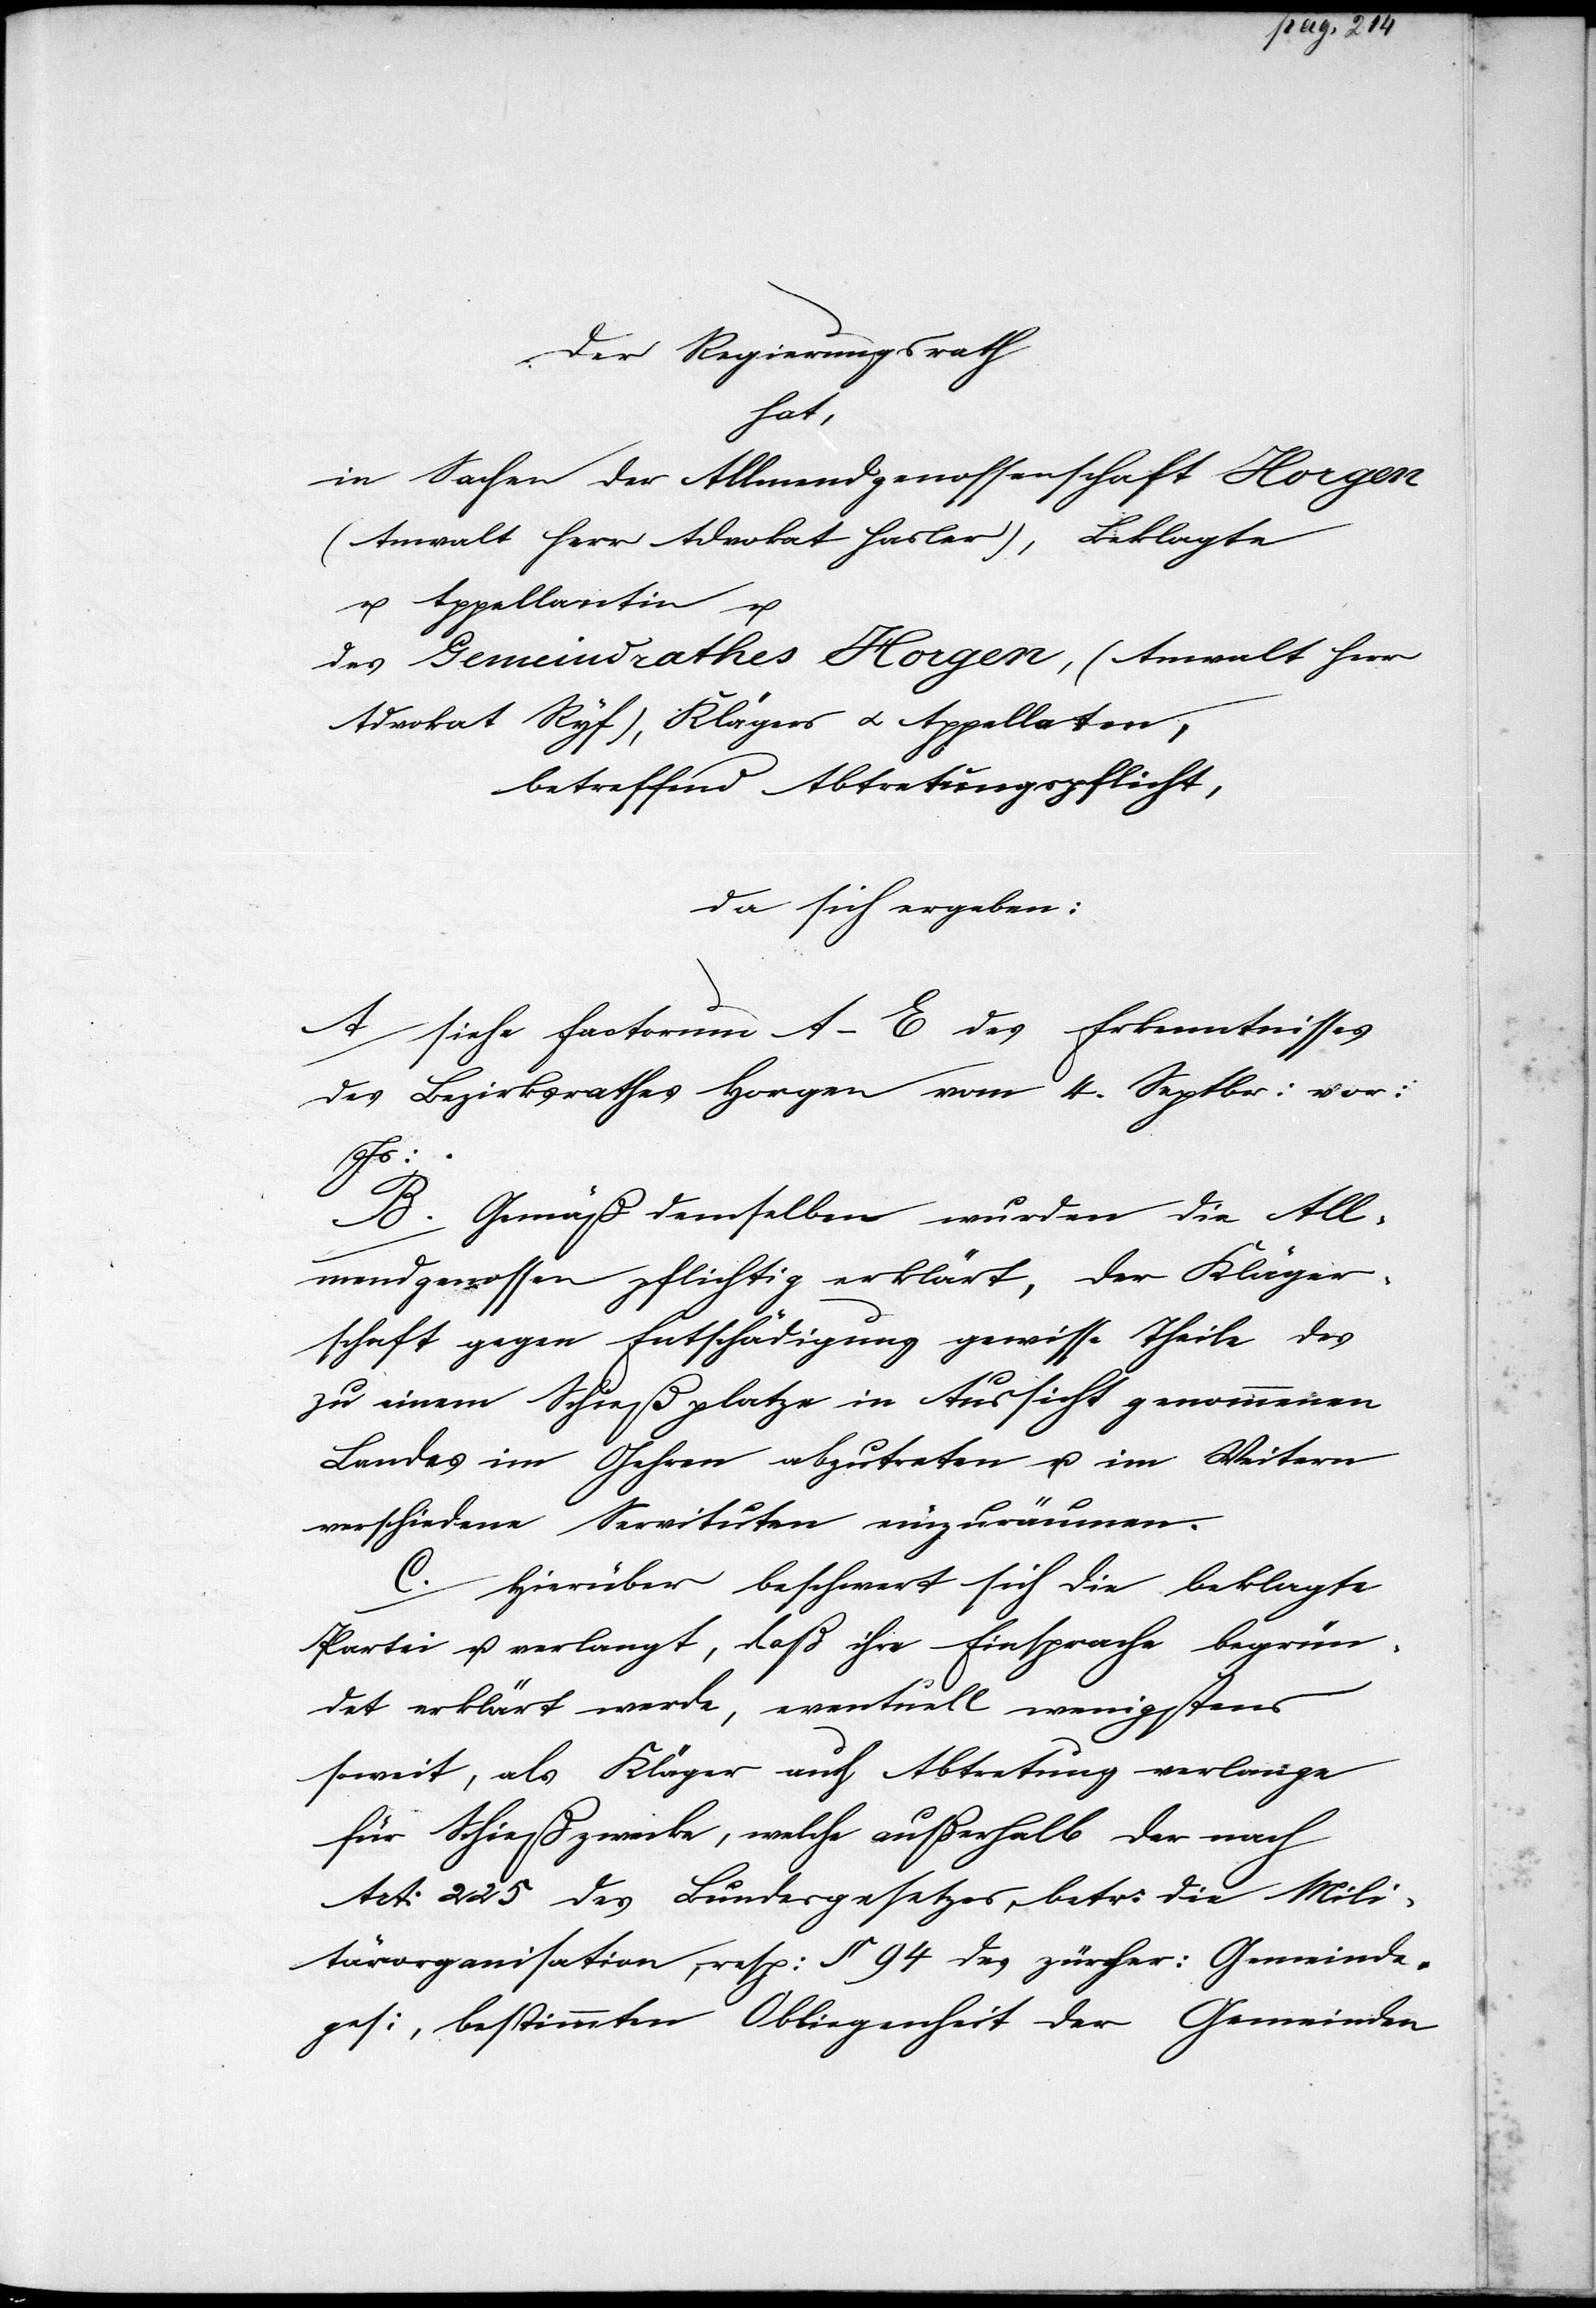
Vertrag zwischen
hat,
Es
Wie